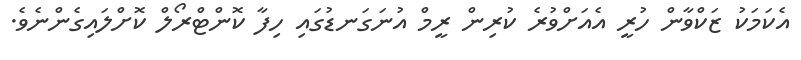
އެކަމަކު ޒަކްވާން ހުރީ އެއަށްވުރެ ކުރިން ރީމް އުނަގަނޑުގައި ހިފާ ކޮންޓްރޯލް ކޮށްލައިގެންނެވެ.